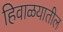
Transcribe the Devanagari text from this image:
हिवाळयातील